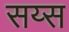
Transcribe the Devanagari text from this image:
सय्स